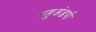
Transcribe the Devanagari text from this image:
बहुअंडपी